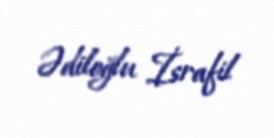
Ədiloğlu İsrafil